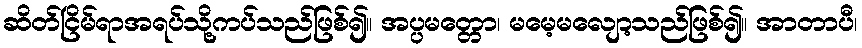
ဆိတ်ငြိမ်ရာအရပ်သို့ကပ်သည်ဖြစ်၍။ အပ္ပမတ္တော၊ မမေ့မလျော့သည်ဖြစ်၍။ အာတာပီ၊